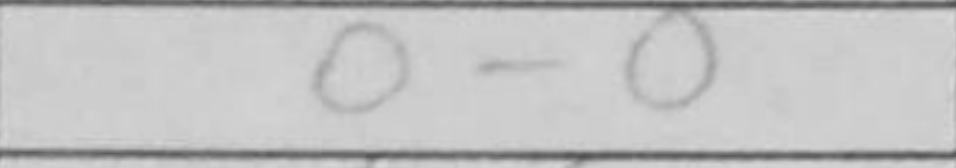
Transcription: O-O